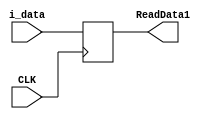
`timescale 1ns / 1ps
//////////////////////////////////////////////////////////////////////////////////
// Company: 
// Engineer: 
// 
// Design Name: 
// Module Name: ADR
// Project Name: 
// Target Devices: 
// Tool Versions: 
// Description: 
// 
// Dependencies: 
// 
// Revision:
// Revision 0.01 - File Created
// Additional Comments:
// 
//////////////////////////////////////////////////////////////////////////////////


module ADR(
    input CLK,
    input [31:0] i_data,
    output reg [31:0] ReadData1
    );

	always @(negedge CLK) begin
		ReadData1 = i_data;
	end
endmodule